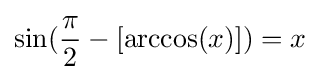
\sin({\frac {\pi }{2}}-[\arccos(x)])=x